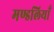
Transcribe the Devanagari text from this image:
मण्डलियाँ